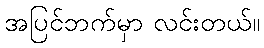
အပြင်ဘက်မှာ လင်းတယ်။